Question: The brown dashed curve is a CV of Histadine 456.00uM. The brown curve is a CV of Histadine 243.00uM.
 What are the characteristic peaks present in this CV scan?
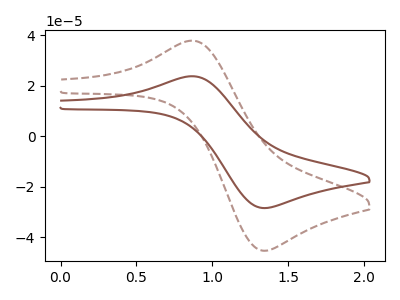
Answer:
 <answer>The brown dashed curve "Histadine 456.00uM" has an anodic peak at (0.90V, 37.70uA) and a cathodic peak at (1.35V, -45.30uA). The brown curve "Histadine 243.00uM" has an anodic peak at (0.90V, 23.65uA) and a cathodic peak at (1.35V, -28.45uA).</answer>
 <eval></eval>